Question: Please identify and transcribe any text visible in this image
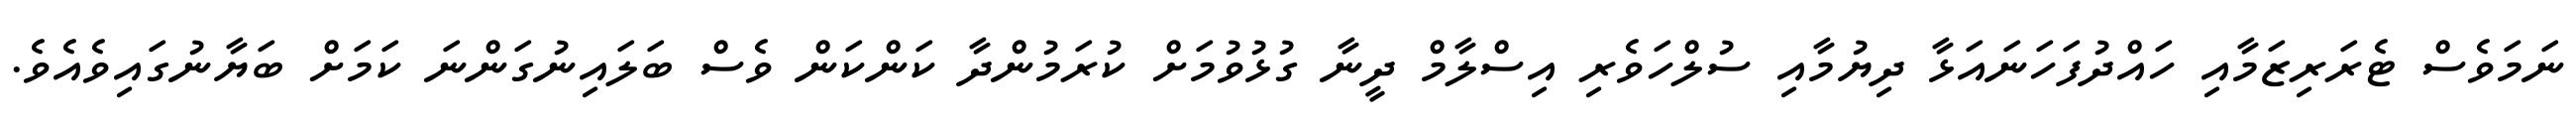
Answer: ނަމަވެސް ޓެރަރިޒަމާއި ހައްދުފަހަނައަޅާ ދިޔުމާއި ސުލްހަވެރި އިސްލާމް ދީނާ ގުޅުވުމަށް ކުރަމުންދާ ކަންކަން ވެސް ބަލައިނުގަންނަ ކަމަށް ބަޔާނުގައިވެއެވެ.